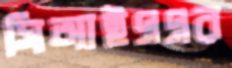
সিআইএএর